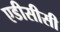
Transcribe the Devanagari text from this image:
एडीसीसी